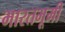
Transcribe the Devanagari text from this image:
भारतभूमी